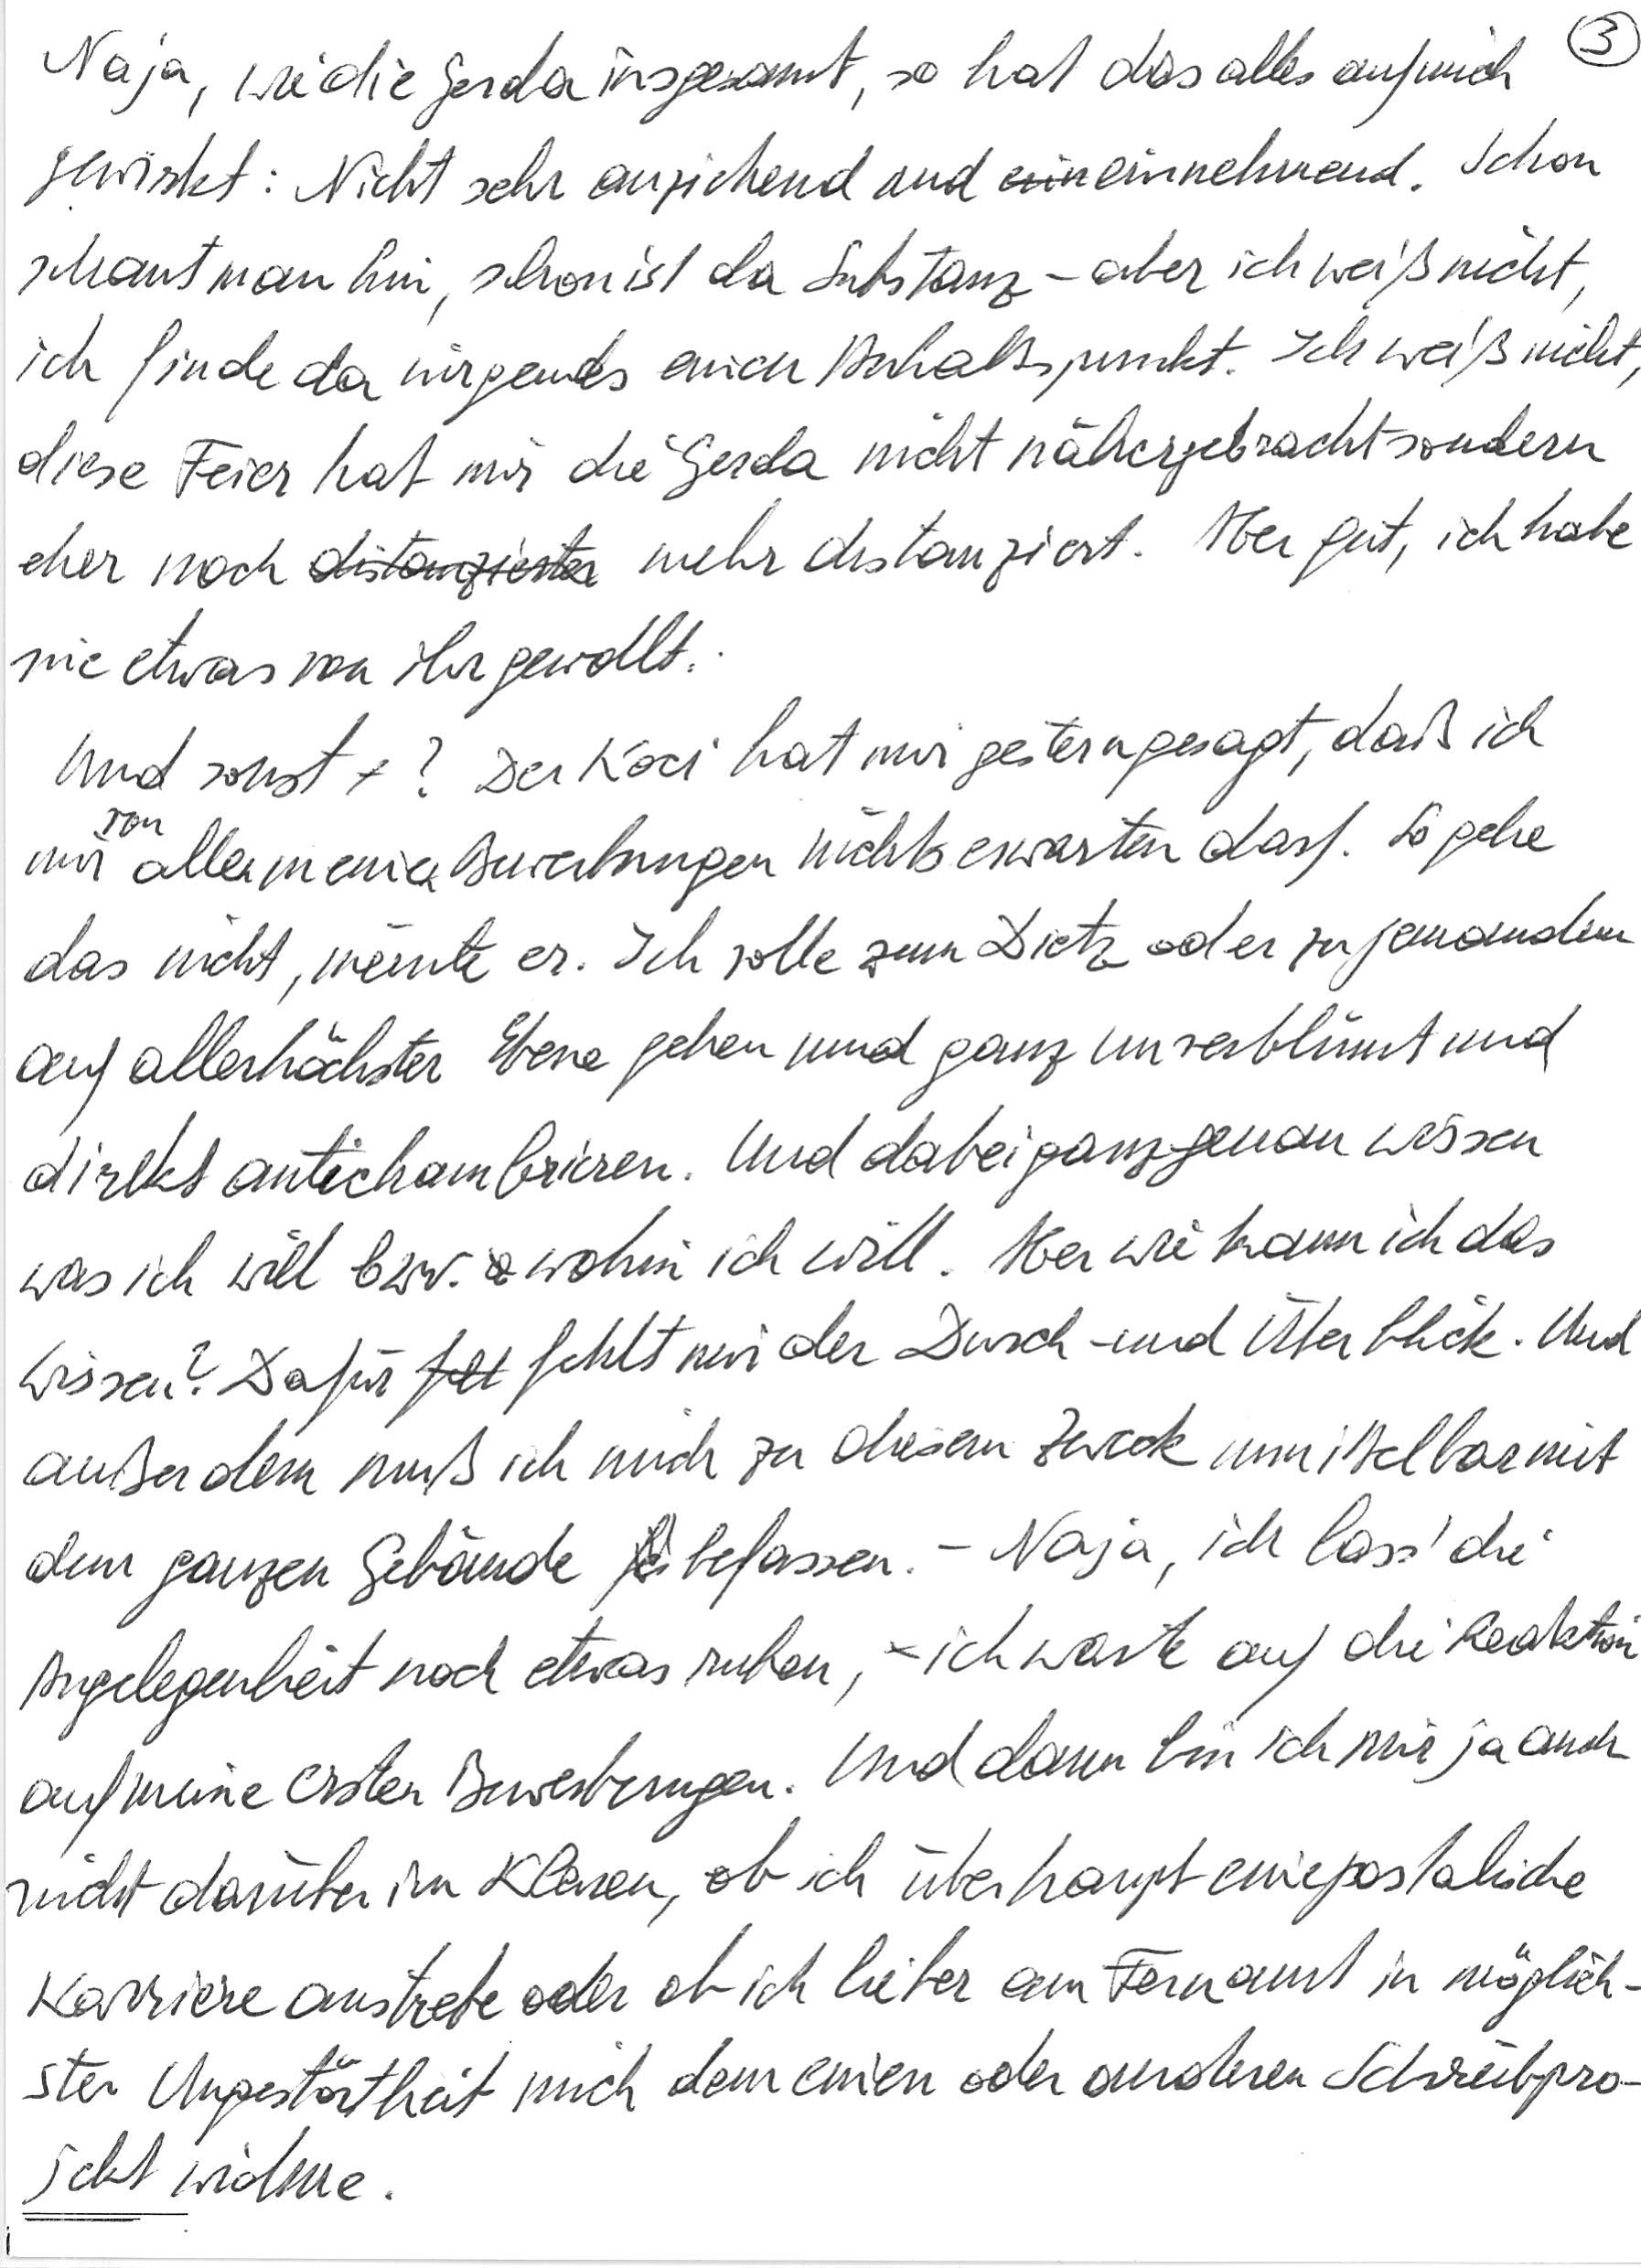
Naja, wiedie Gerda insgesamt, so hat das alles auf mich
eirkt: Nicht sehr anziehend und neinnehmend. Schon
schaut man hin, schon ist da Substanz – aber ich weiß nicht
ich finde da mirgenas einen Anhaltspunkt. Ich weiß nicht,
diese Feier hat mir die Gerda nicht nähergebracht sondern
eher nochzie mehr cistanziert. Aber gut, ich habe
nie etwas von ihr gewollt.
Und sonst? Der Koci hat mir gesterngesagt, daß ich
mir aller meiner Bewerbungen nichts erwarten darf. So gehe
das nicht, meinte er. Ich solle zum Dietz oder zu jemandem
auf allerhöchster Ebene gehen und ganz unverblümt und
dirkkt antechambrieren. Und dabei ganz genau wissen
was ich will bzw. wohin ich will. Aber wie kann ich das
Wissen? Dafür fehlt mir der Durch und Überblick. Und
außerdem muß ich mich zu diesem Zweck uunittelbar mit
dem ganzen Gebände befassen. – Naja, ich lass‘ die
Angelegenheit noch etwas ruhen, – ich warte auf die Reaktion –
aufmene ersten Bewerbungen. Und dann bin ich mir ja auch
nicht darüber im Klaren, ob ich überhaupt einepostaliche
Karriere anstrebe oder ob ich lieber am Fernamt in möglich-
ster Ungestortheit mich dem einen oder anderen Schreibpro-
Scht wide.